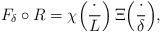
LaTeX: \begin{align*}F_\delta \circ{R} = \chi\Big( \frac{\cdot}{L} \Big) \, \Xi\Big( \frac{\cdot}{\delta} \Big),\end{align*}